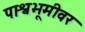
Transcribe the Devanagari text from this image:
पाश्वभूमीवर